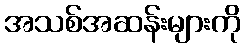
အသစ်အဆန်းများကို